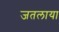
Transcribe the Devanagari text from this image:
जतलाया